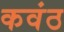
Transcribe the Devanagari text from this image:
कवंठ